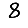
Digit: 8